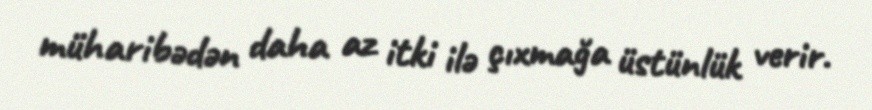
müharibədən daha az itki ilə çıxmağa üstünlük verir.